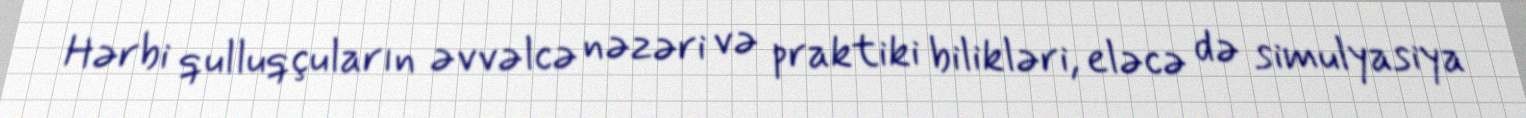
Hərbi qulluqçuların əvvəlcə nəzəri və praktiki bilikləri, eləcə də simulyasiya